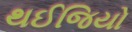
થઈજિયો